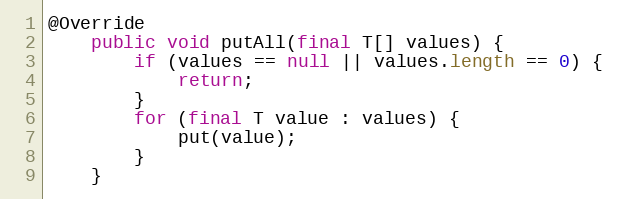
Language: Java
@Override
    public void putAll(final T[] values) {
        if (values == null || values.length == 0) {
            return;
        }
        for (final T value : values) {
            put(value);
        }
    }